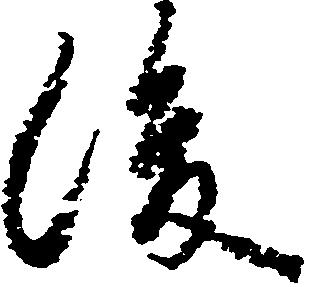
後